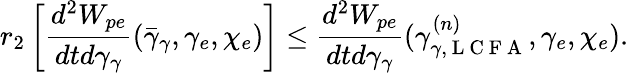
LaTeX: r_{2}\left[\frac{d^{2}W_{pe}}{dtd\gamma_{\gamma}}(\bar{\gamma}_{\gamma},\gamma_{e},\chi_{e})\right]\leq\frac{d^{2}W_{pe}}{dtd\gamma_{\gamma}}(\gamma_{\gamma,\mathrm{~L~C~F~A~}}^{(n)},\gamma_{e},\chi_{e}).